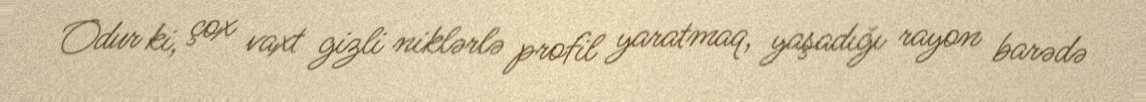
Odur ki, çox vaxt gizli niklərlə profil yaratmaq, yaşadığı rayon barədə